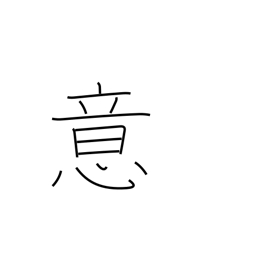
Meaning: idea